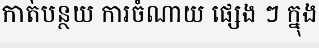
កាត់បន្ថយ ការចំណាយ ផ្សេង ៗ ក្នុង